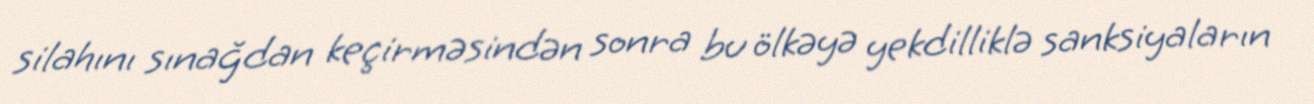
silahını sınağdan keçirməsindən sonra bu ölkəyə yekdilliklə sanksiyaların